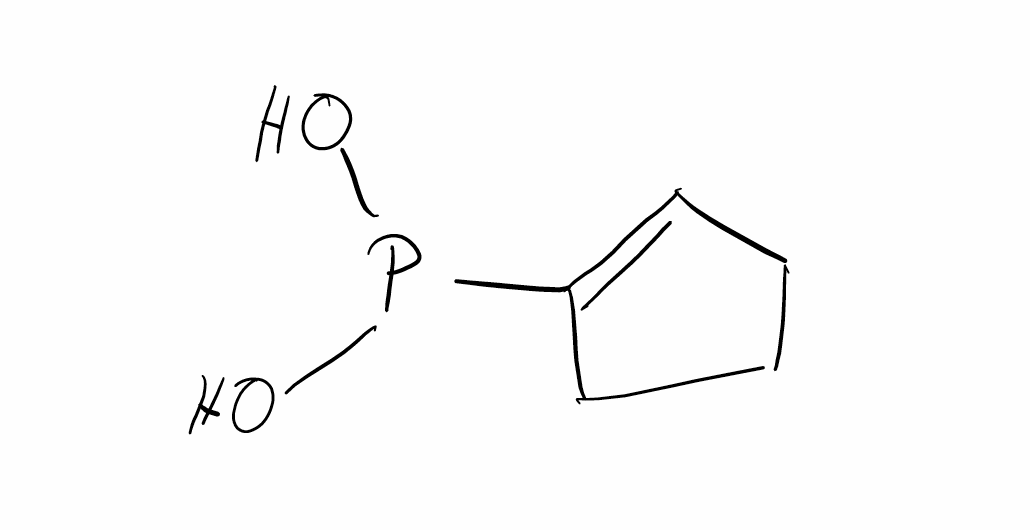
Simplified molecular-input line-entry system (SMILES) notation of the given molecule:
C1CC=C(C1)P(O)O